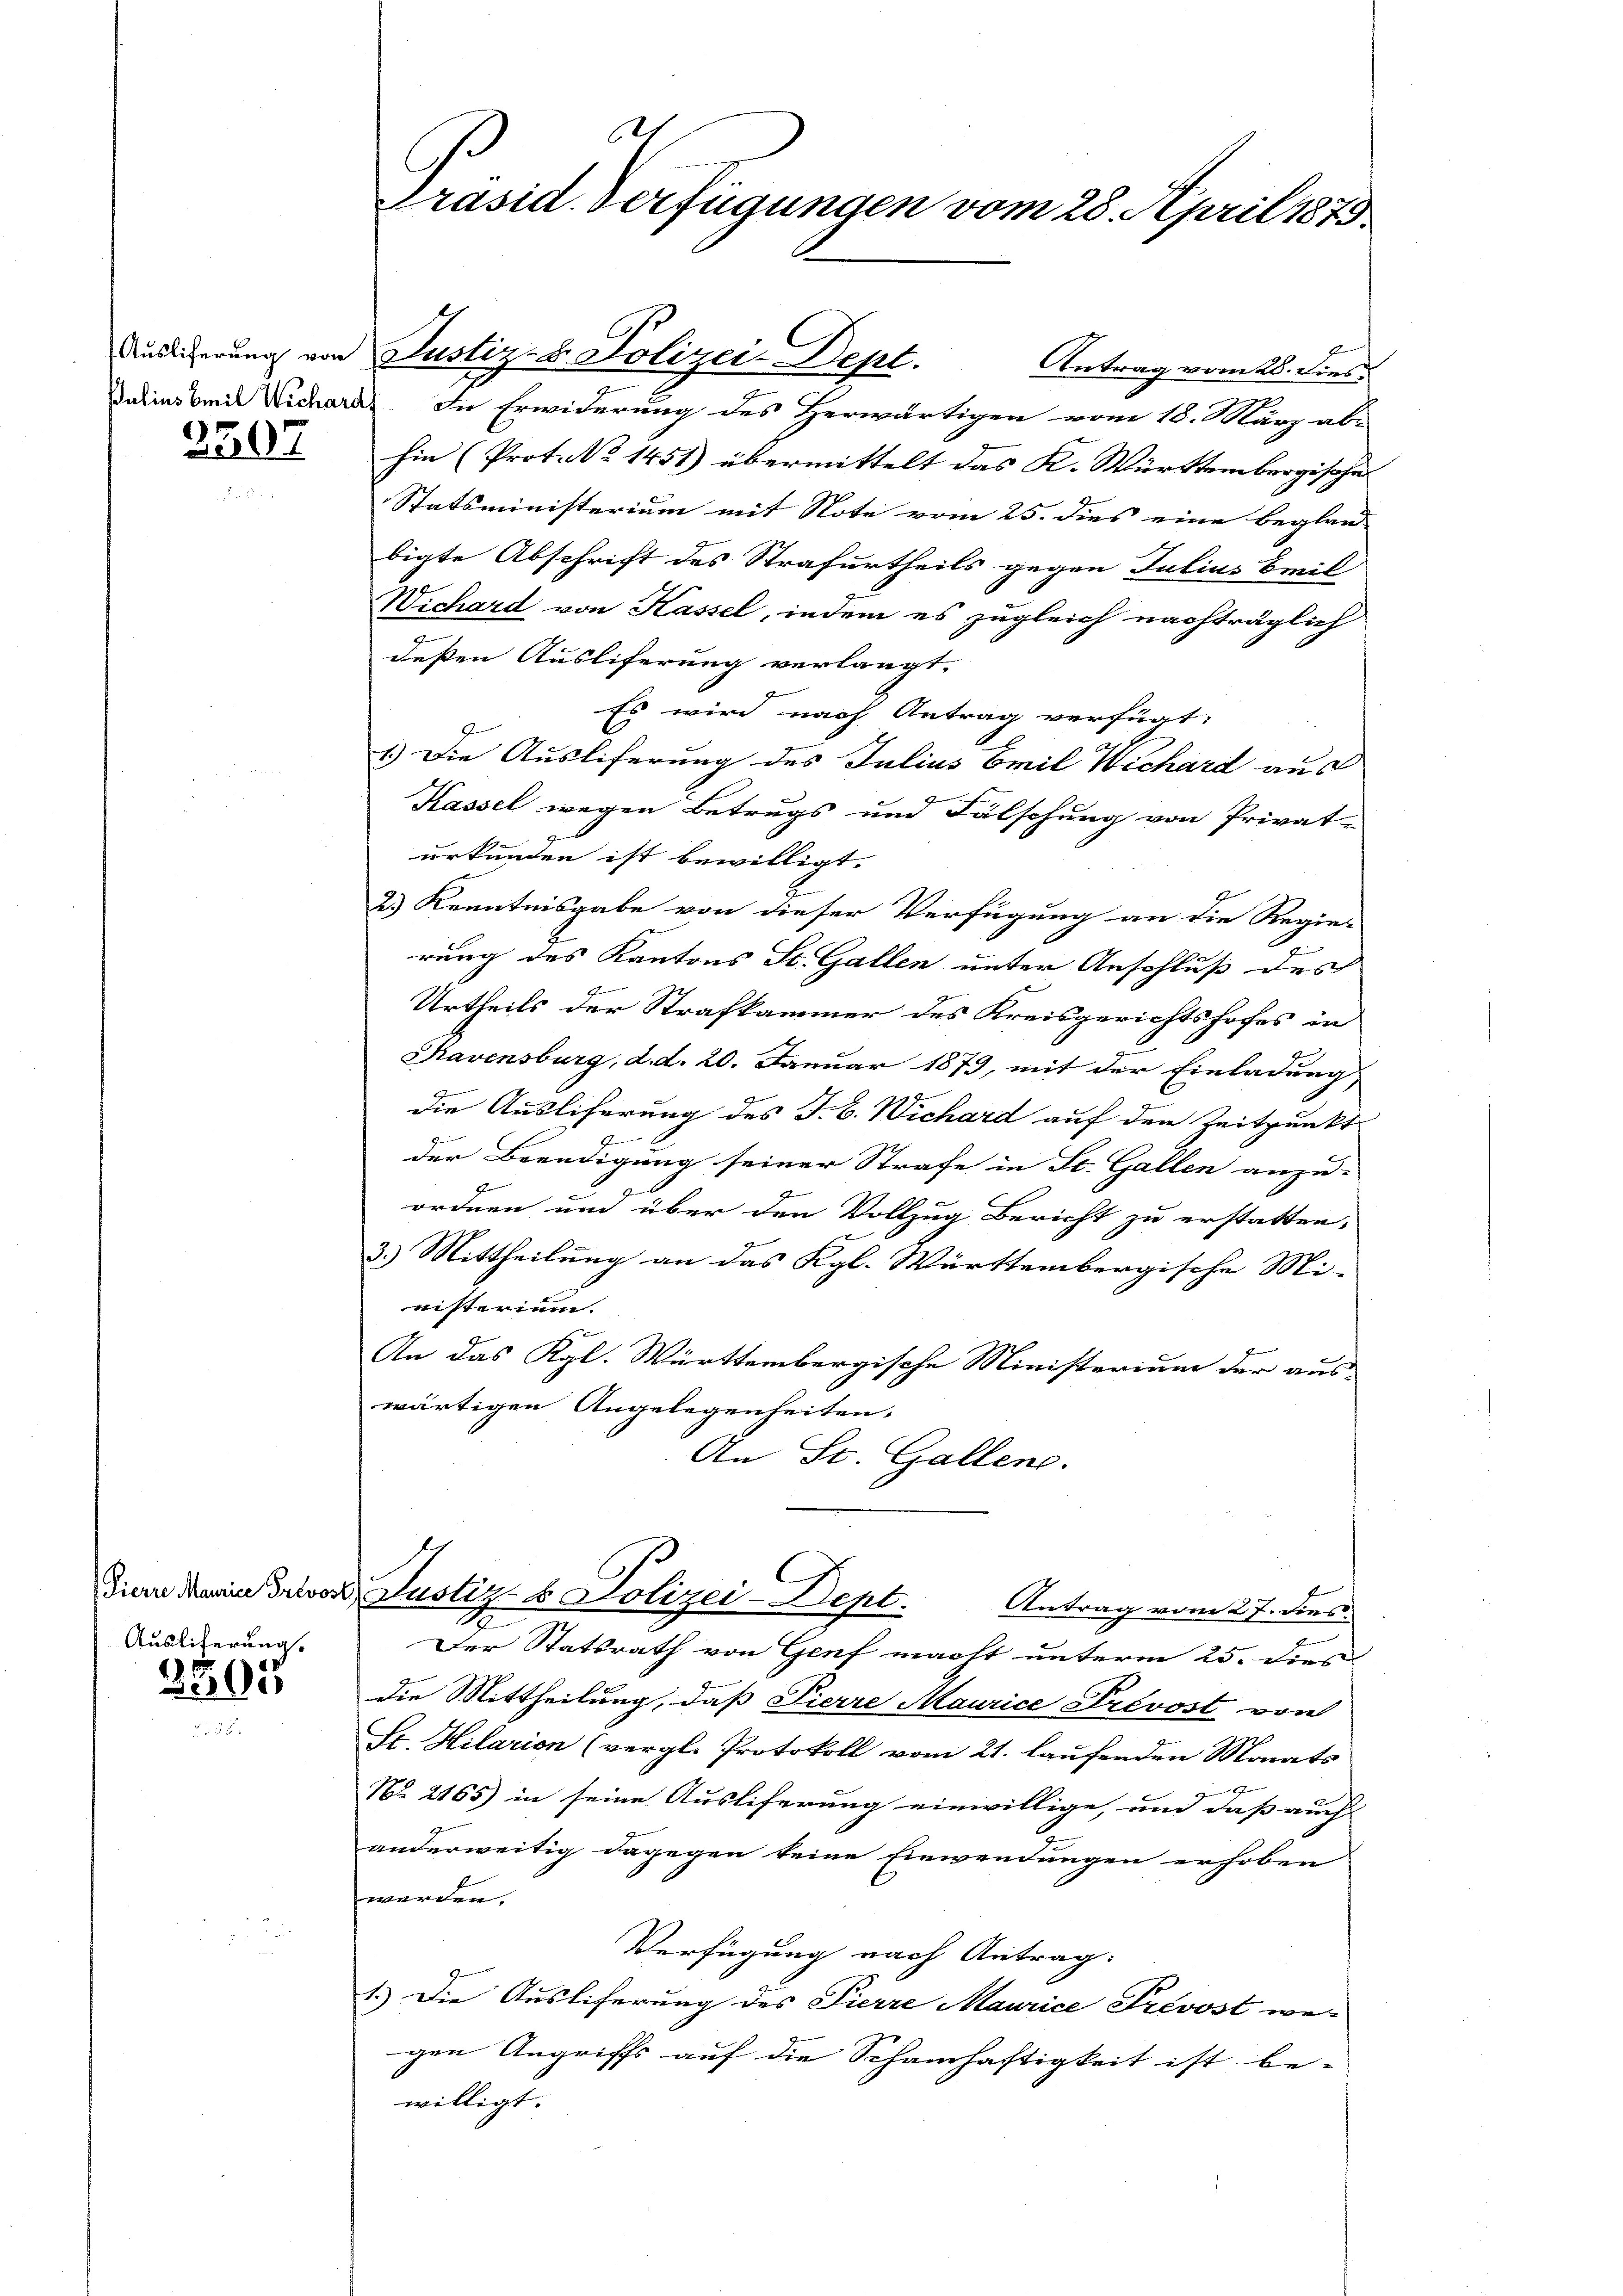
3507

Ausliterung.

2805

t
Präsid. Verfügungen vom 28. April 1873.

Dalins beide Wichard. In Erwiderung des Herwärtigen vom 18. März ab-
hin (Prot. No 1451) übermittelt das K. Württembergische
Statsministerium mit Note vom 25. dies eine begland- |
bigte Abschrift des Strafurtheils gegen Julius Freil
Wichard von Kassel, indem es zugleich nachträglich
.
deßen Ausliferung verlangt.
J
Es wird nach Antrag verfügt:
1.) Die Ausliferung des Julius Emil Wichard aus
Kassel wegen Betrugs und Fälschung von Privat-
urkunden ist bewilligt.
2) Kenntnisgabe von dieser Verfügung an die Regier
rung des Kantons St. Gallen unter Anschluß des
Urtheils der Strafkammer des Kreisgerichtshofes in
Ravensburg, d. d. 20. Januar 1879, mit der Einladung
die Ausliferung des J. C. Wichard auf den Zeitpunkt
G
der Beendigung seiner Strafe in St. Gallen anzu-
4
ordnen und über den Vollzug Bericht zu erstatten.
3.) Mittheilung an das Kgl. Württembergische Mi-
nisterium.
An das Kgl. Württembergische Ministerium der aus-
wärtigen Angelegenheiten.
An St. Gallen.
Diern darin Bevor Justiz- & Polizei-Dept. Antrag vom 27. dies
Der Statsrath von Genf macht unterm 25. dies
die Mittheilung, daß Pierre Maurice Prevost von
St. Hilarion (vergl. Protokoll vom 21. laufenden Monats
No. 2165) in seine Ausliferung einwillige, und daß auch
anderweitig dagegen keine Einwendungen erhoben
werden.
Verfügung nach Antrag.
1.) Die Ausliferung des Pierre Maurice Prevost we-
gen Angriffs auf die Schamhaftigkeit ist be-
willigt.

Auslieferung von Justiz- u. Polizei-Dept.
Antrag vom 28. Dies